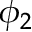
\phi _ { 2 }